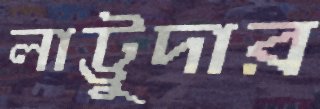
লাট্টুদার